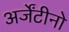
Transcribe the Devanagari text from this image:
अर्जेंटीनो